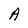
Character: A